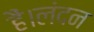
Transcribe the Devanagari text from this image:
हैं।लंदन